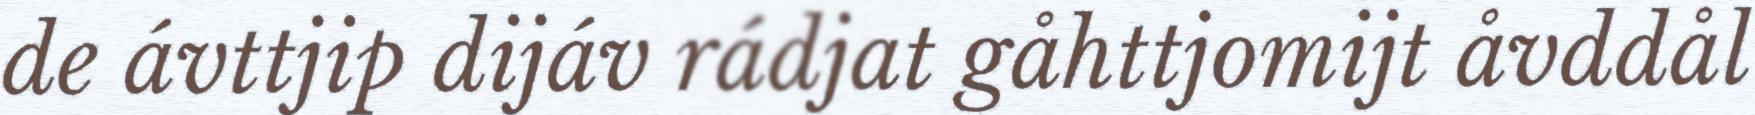
de ávttjip dijáv rádjat gåhttjomijt åvddål